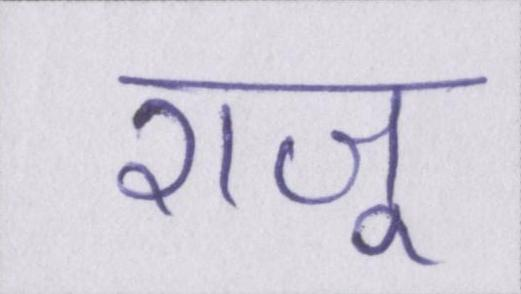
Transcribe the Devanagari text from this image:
राजू